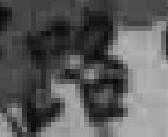
路